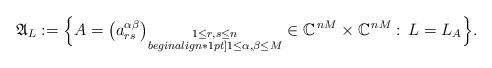
LaTeX: \begin{align*}{\mathfrak{A}}_L:=\Big\{A=\bigl(a_{rs}^{\alpha\beta}\bigr)_{\substack{1\leq r,s\leq n\\begin{align*}1pt] 1\leq\alpha,\beta\leq M}}\in{\mathbb{C}}^{\,nM}\times{\mathbb{C}}^{\,nM}:\,L=L_A\Big\}.\end{align*}